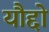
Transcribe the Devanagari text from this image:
यौद्दो